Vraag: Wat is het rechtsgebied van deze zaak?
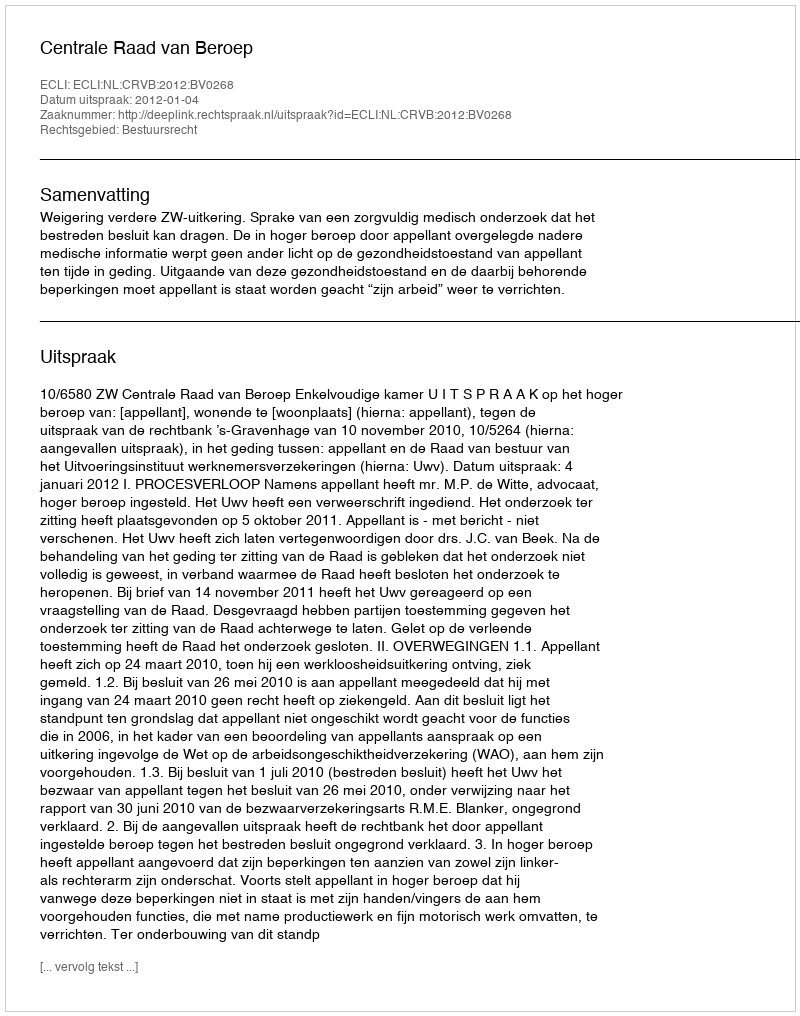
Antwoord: Bestuursrecht